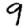
Digit: 9